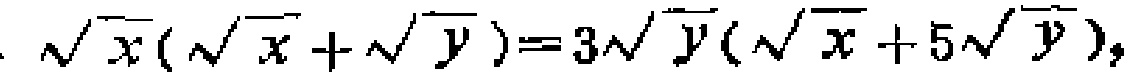
\(\sqrt{x}(\sqrt{x}+\sqrt{y}) = 3\sqrt{y}(\sqrt{x}+5\sqrt{y})\)